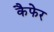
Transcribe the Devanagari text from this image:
कैफेर